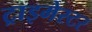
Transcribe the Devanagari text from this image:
ट्राइमेस्टर